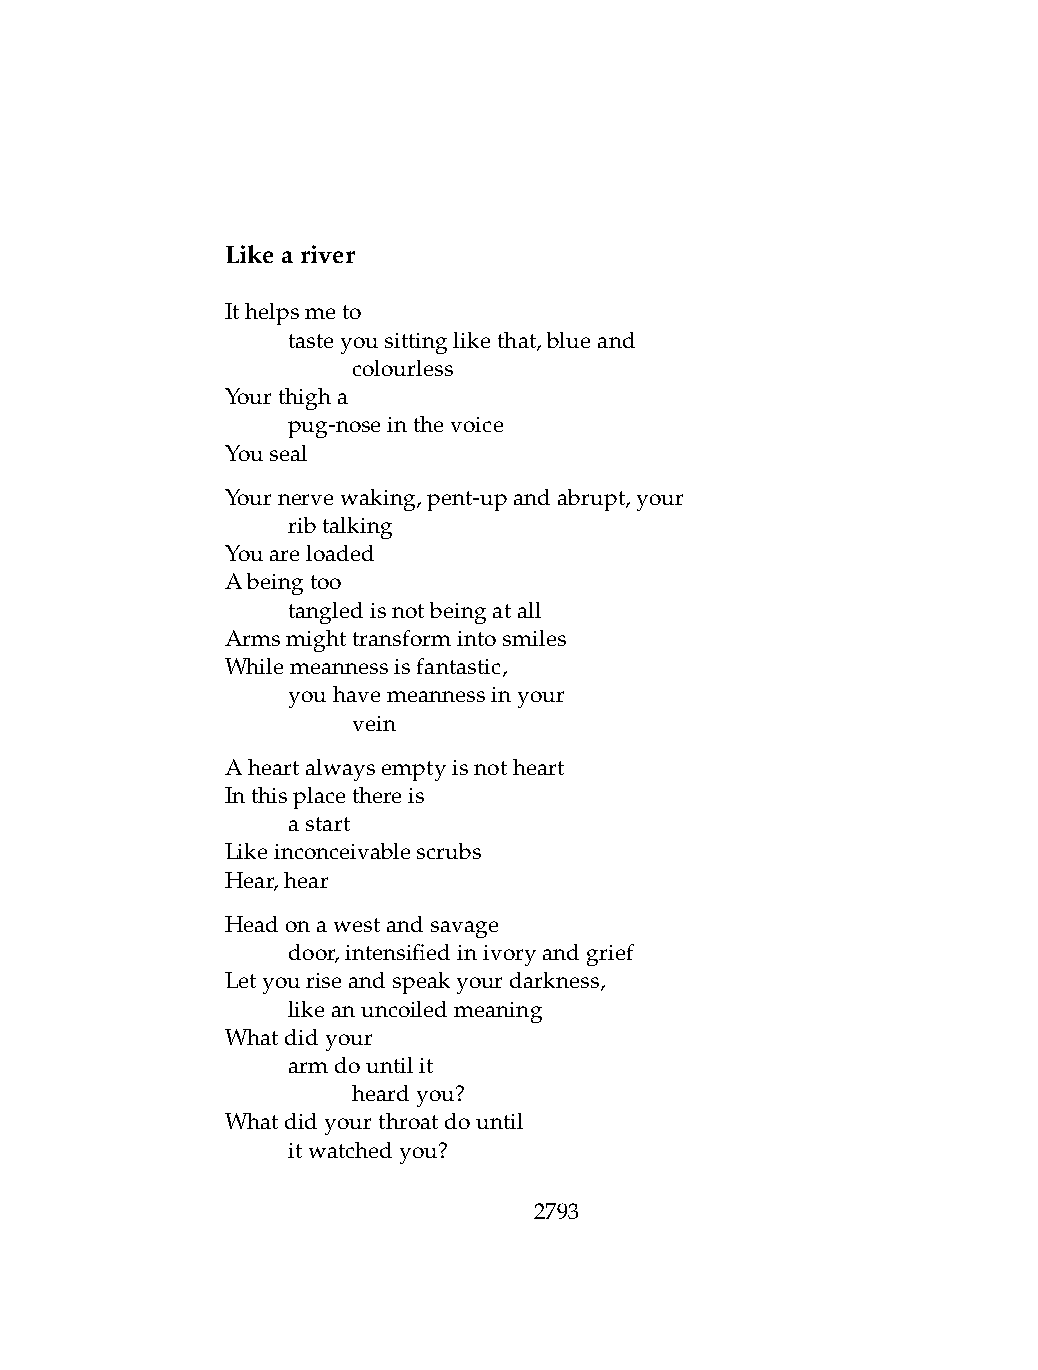
Likeariver
 Ithelpsmeto
 .   tasteyousittinglikethat,blueand
 .   .   colourless
 Yourthigha
 .   pug-noseinthevoice
 Youseal
 Yournervewaking,pent-upandabrupt,your
 .   ribtalking
 Youareloaded
 Abeingtoo
 .   tangledisnotbeingatall
 Armsmighttransformintosmiles
 Whilemeannessisfantastic,
 .   youhavemeannessinyour
 .   .   vein
 Aheartalwaysemptyisnotheart
 Inthisplacethereis
 .   astart
 Likeinconceivablescrubs
 Hear,hear
 Headonawestandsavage
 .   door,intensifiedinivoryandgrief
 Letyouriseandspeakyourdarkness,
 .   likeanuncoiledmeaning
 Whatdidyour
 .   armdountilit
 .   .   heardyou?
 Whatdidyourthroatdountil
 .   itwatchedyou?
 2793